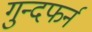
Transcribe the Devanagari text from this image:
गुन्दफर्न